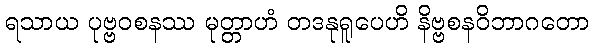
ရသာယ ပုဗ္ဗဝစနဿ မုတ္တာဟံ တဒနုရူပေဟိ နိဗ္ဗစနဝိဘာဂတော